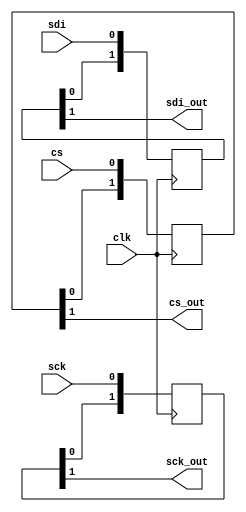
//
//  Simple synchronizer for SPI circuits.
//
//  UNCLASSIFIED // PROPRIETARY // GOV USE RIGHTS
//  This will hopefully be replaced with an FOSS license soon.
//
//  Copyright (c) Assured Information Security, inc.
//

`default_nettype none

module spi_synchronizer(
  input clk,
  input sck, sdi, cs,
  output sck_out, sdi_out, cs_out
);

    parameter integer SYNC_STAGES = 2;
    parameter integer SYNC_MSB = SYNC_STAGES - 1;

    reg [SYNC_MSB:0] sck_sync;
    reg [SYNC_MSB:0] sdi_sync;
    reg [SYNC_MSB:0] cs_sync;

    assign sck_out = sck_sync[SYNC_MSB];
    assign sdi_out = sdi_sync[SYNC_MSB];
    assign cs_out  =  cs_sync[SYNC_MSB];

    // Core synchronizer.
    always @(posedge clk)
    begin
        sck_sync = {sck_sync[SYNC_MSB - 1 : 0], sck};
        sdi_sync = {sdi_sync[SYNC_MSB - 1 : 0], sdi};
        cs_sync =  { cs_sync[SYNC_MSB - 1 : 0], cs};
    end

endmodule